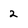
Character: 2